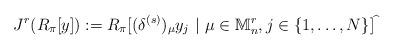
LaTeX: \begin{align*}J^r(R_{\pi}[y]):=R_{\pi}[(\delta^{(s)})_\mu y_j\ |\ \mu\in {\mathbb M}_n^r, j\in \{1,\ldots,N\}]^{\widehat{\ }}\end{align*}